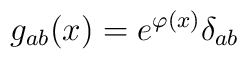
g_{ab}(x)=e^{\varphi(x)}\delta_{ab}